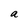
Character: a